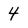
Character: 4